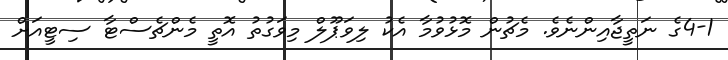
4-1ގެ ނަތީޖާއިންނެވެ. މެޗުން މޮޅުވުމާ އެކު ލިވަޕޫލް މިވަގުތު އޮތީ މެންޗެސްޓާ ސިޓީއަށް